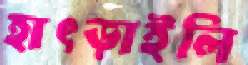
হাৎড়াইলি